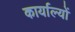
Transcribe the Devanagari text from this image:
कार्याल्यों